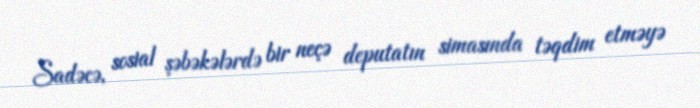
Sadəcə, sosial şəbəkələrdə bir neçə deputatın simasında təqdim etməyə